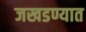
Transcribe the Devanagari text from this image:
जखडण्यात